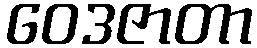
ဝေဒဇာတာ